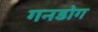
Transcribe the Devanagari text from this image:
गनडोग